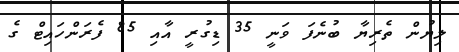
ލިޔުން ތެރިޔާ ބުނެފަ ވަނީ 35 ޑިގުރީ އާއި 85 ފެރަންހައިޓް ގެ